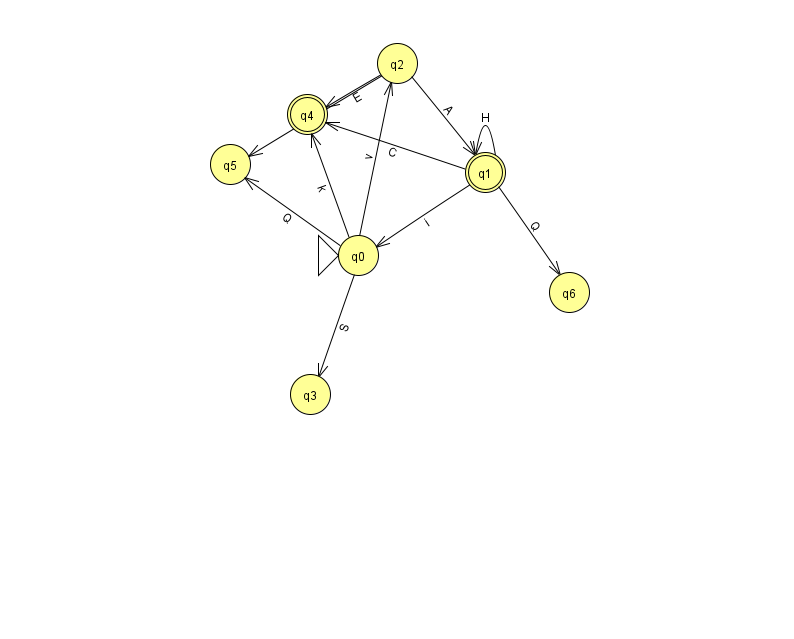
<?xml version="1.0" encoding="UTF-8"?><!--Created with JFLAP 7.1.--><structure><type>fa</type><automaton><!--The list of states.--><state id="0" name="q0"><x>358.0</x><y>242.0</y><initial/></state><state id="1" name="q1"><x>485.0</x><y>159.0</y><final/></state><state id="2" name="q2"><x>397.0</x><y>50.0</y></state><state id="3" name="q3"><x>310.0</x><y>381.0</y></state><state id="4" name="q4"><x>307.0</x><y>101.0</y><final/></state><state id="5" name="q5"><x>230.0</x><y>151.0</y></state><state id="6" name="q6"><x>569.0</x><y>279.0</y></state><!--The list of transitions.--><transition><from>0</from><to>2</to><read>v</read></transition><transition><from>1</from><to>4</to><read>C</read></transition><transition><from>2</from><to>1</to><read>A</read></transition><transition><from>2</from><to>4</to><read>E</read></transition><transition><from>1</from><to>1</to><read>H</read></transition><transition><from>1</from><to>6</to><read>Q</read></transition><transition><from>0</from><to>3</to><read>S</read></transition><transition><from>0</from><to>5</to><read>Q</read></transition><transition><from>2</from><to>5</to><read>G</read></transition><transition><from>1</from><to>0</to><read>i</read></transition><transition><from>0</from><to>4</to><read>k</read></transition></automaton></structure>